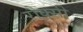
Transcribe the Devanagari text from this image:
रौक्सी